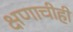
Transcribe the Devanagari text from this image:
क्षणाचीही